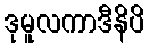
ဒုမူလကာဒီနိပိ